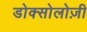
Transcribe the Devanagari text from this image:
डोक्सोलोज़ी